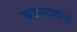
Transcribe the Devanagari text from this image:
बापटलाल